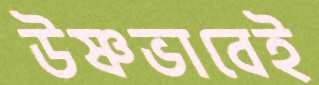
উষ্ণভাবেই